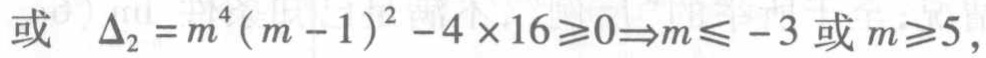
或 \(\Delta_{2}=m^{4}(m - 1)^{2}-4\times16\geqslant0\Rightarrow m\leqslant - 3\) 或 \(m\geqslant5\)，